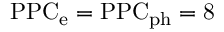
\mathrm { P P C _ { \mathrm { e } } = \mathrm { P P C _ { \mathrm { p h } } = 8 } }